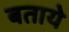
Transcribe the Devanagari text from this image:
बतायेे